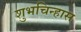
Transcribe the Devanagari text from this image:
शुभचिन्हास